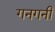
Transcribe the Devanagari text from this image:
गनगनी